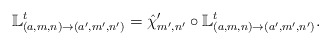
\begin{align*}\mathbb{L}_{(a,m,n)\to(a',m',n')}^{t}=\hat{\chi}'_{m',n'}\circ \mathbb{L}_{(a,m,n)\to(a',m',n')}^{t}.\end{align*}